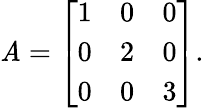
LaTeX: \mathit{A}={\left[\begin{array}{lll}{1}&{0}&{0}\\ {0}&{2}&{0}\\ {0}&{0}&{3}\end{array}\right]}.